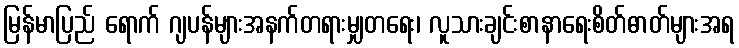
မြန်မာပြည် ရောက် ဂျပန်များအနက်တရားမျှတရေး၊ လူသားချင်းစာနာရေးစိတ်ဓာတ်များအရ